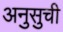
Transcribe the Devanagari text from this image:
अनुसुची